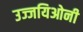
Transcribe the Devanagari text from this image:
उज्जयिओनी